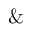
\&